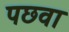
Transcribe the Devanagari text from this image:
पछवा